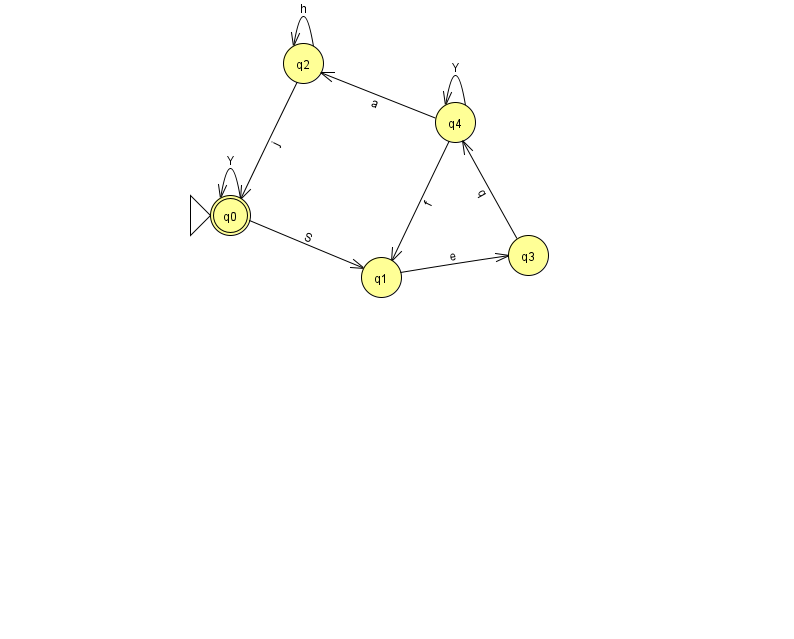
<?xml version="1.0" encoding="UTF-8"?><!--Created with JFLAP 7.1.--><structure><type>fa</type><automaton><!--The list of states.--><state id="0" name="q0"><x>230.0</x><y>202.0</y><initial/><final/></state><state id="1" name="q1"><x>381.0</x><y>264.0</y></state><state id="2" name="q2"><x>303.0</x><y>50.0</y></state><state id="3" name="q3"><x>528.0</x><y>242.0</y></state><state id="4" name="q4"><x>455.0</x><y>109.0</y></state><!--The list of transitions.--><transition><from>4</from><to>2</to><read>a</read></transition><transition><from>2</from><to>0</to><read>j</read></transition><transition><from>3</from><to>4</to><read>q</read></transition><transition><from>0</from><to>1</to><read>S</read></transition><transition><from>2</from><to>2</to><read>h</read></transition><transition><from>0</from><to>0</to><read>Y</read></transition><transition><from>1</from><to>3</to><read>e</read></transition><transition><from>4</from><to>4</to><read>Y</read></transition><transition><from>4</from><to>1</to><read>f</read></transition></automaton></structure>